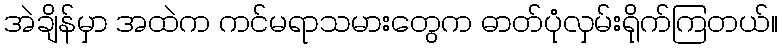
အဲချိန်မှာ အထဲက ကင်မရာသမားတွေက ဓာတ်ပုံလှမ်းရိုက်ကြတယ်။